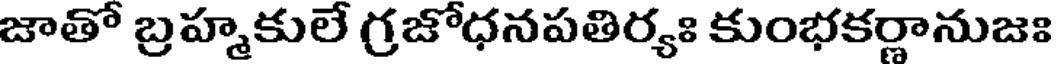
జాతో బ్రహ్మకులే గ్రజోధనపతిర్యః కుంభకర్ణానుజః